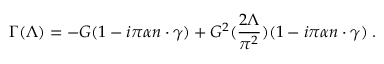
\Gamma ( \Lambda ) = - G ( 1 - i \pi \alpha n \cdot \gamma ) + G ^ { 2 } ( \frac { 2 \Lambda } { \pi ^ { 2 } } ) ( 1 - i \pi \alpha n \cdot \gamma ) \; .